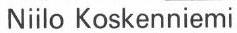
Niilo Koskenniemi